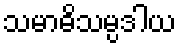
သမာဓိသမ္ပဒါယ